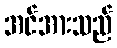
အင်အားသည်